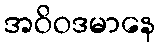
အဝိဝဒမာနေ